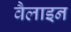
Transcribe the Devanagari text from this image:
वैलाइन